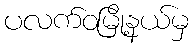
ပလက်ဝမြို့နယ်မှ